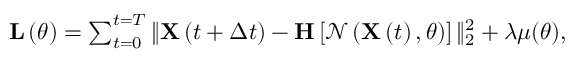
\begin{array} { r } { \mathbf { L } \left( \theta \right) = \sum _ { t = 0 } ^ { t = T } \| \mathbf { X } \left( t + \Delta t \right) - \mathbf { H } \left[ \mathcal { N } \left( \mathbf { X } \left( t \right) , \theta \right) \right] \| _ { 2 } ^ { 2 } + \lambda \mu ( \theta ) , } \end{array}